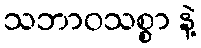
သဘာဝသစ္စာ နဲ့